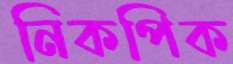
নিকপিক